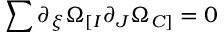
\sum { \partial _ { \xi } \Omega _ { [ I } \partial _ { J } \Omega _ { C ] } } = 0